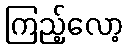
ကြည့်လော့